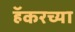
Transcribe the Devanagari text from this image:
हॅकरच्या